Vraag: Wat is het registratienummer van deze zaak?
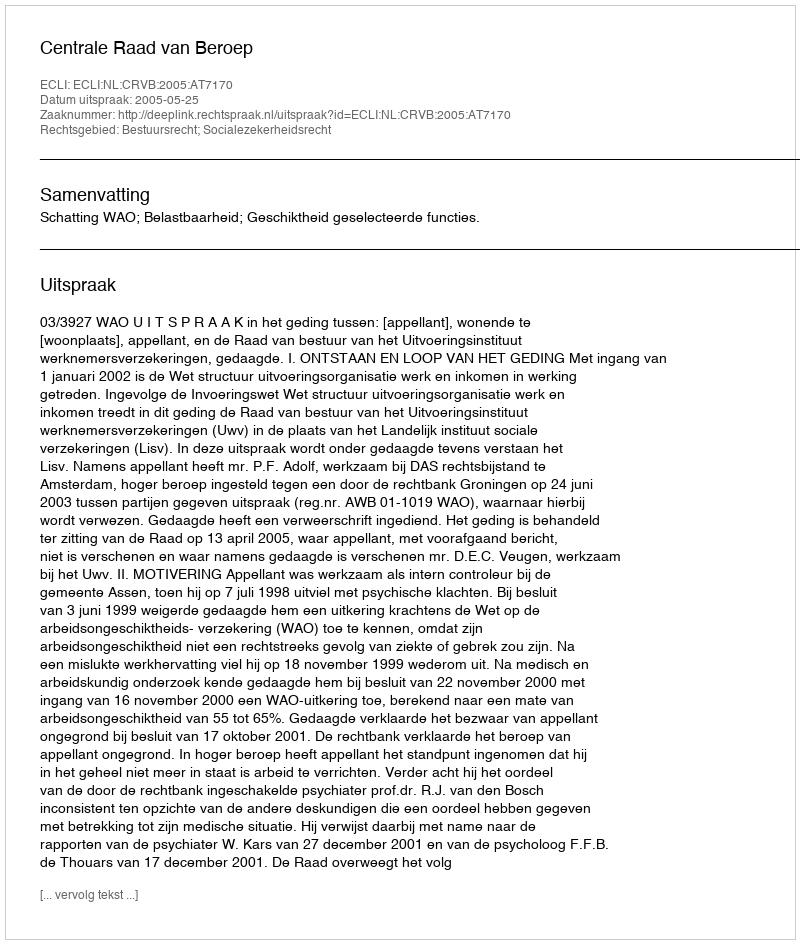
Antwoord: http://deeplink.rechtspraak.nl/uitspraak?id=ECLI:NL:CRVB:2005:AT7170